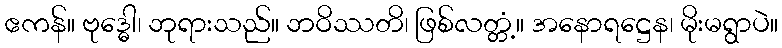
ဧကန်။ ဗုဒ္ဓေါ၊ ဘုရားသည်။ ဘဝိဿတိ၊ ဖြစ်လတ္တံ့။ အနောရဋ္ဌေန၊ မိုးမရွာပဲ။